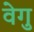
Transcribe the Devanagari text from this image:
वेगु